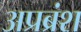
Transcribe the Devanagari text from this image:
अप्रब्रंश